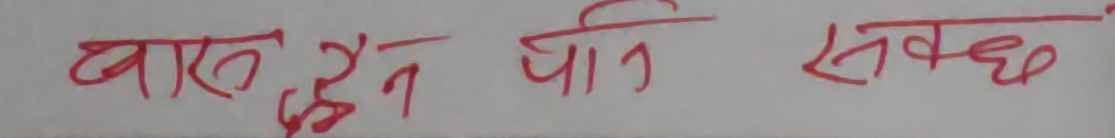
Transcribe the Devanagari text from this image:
वासदैन पानी सक्छ।